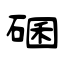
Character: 碅